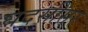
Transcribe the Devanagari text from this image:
घद्सीसर